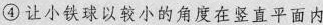
④让小铁球以较小的角度在竖直平面内